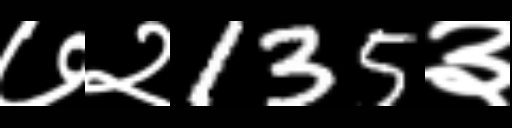
Text: ७२135३